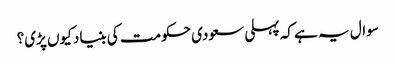
سوال یہ ہے کہ پہلی سعودی حکومت کی بنیاد کیوں پڑی؟